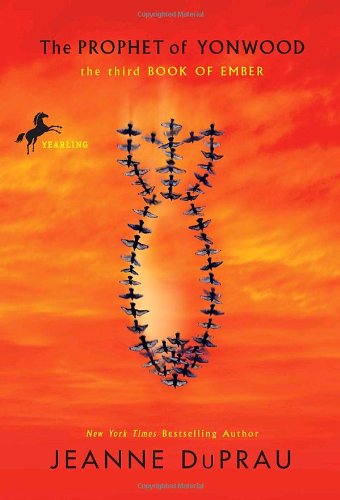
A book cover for The Prophet of Yonwood (Ember, Book 3); Jeanne DuPrau; Children's Books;